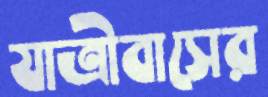
যাত্রীবাসের